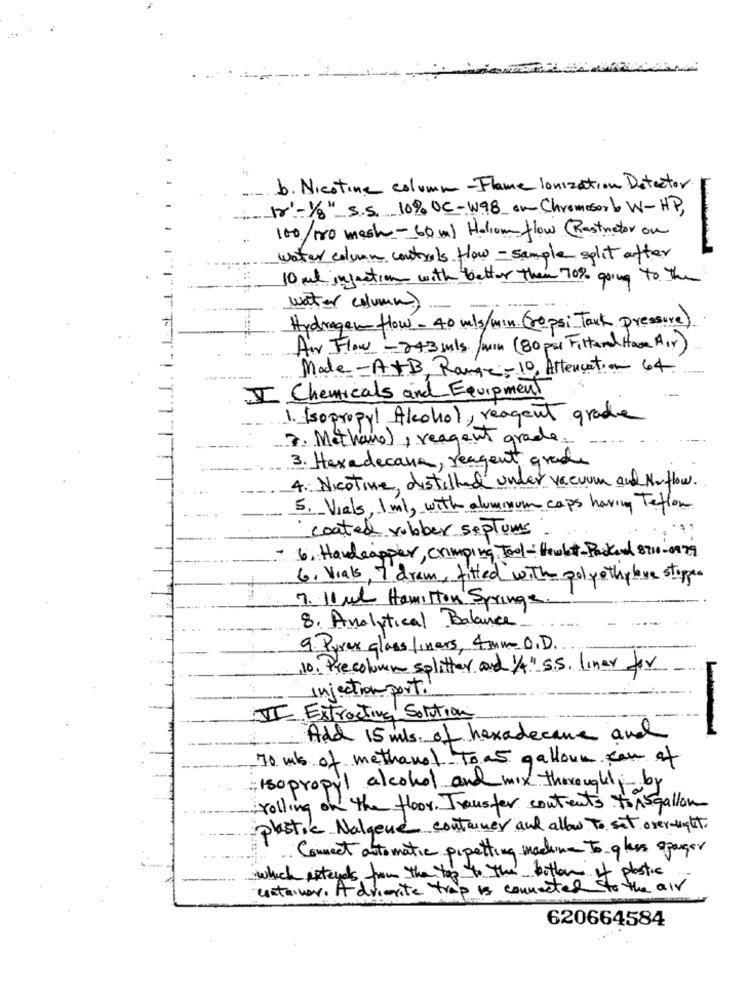
b. Nicotine column-Flame Ionization Detector
1r'-1/8" s.s. 10% OC-W98 on Chromosorb W-HP,
100/ 100 mash -60ml Holiom flow (Rastretor on
water column controls flow - sample split after
10 ml injection with better than 70% going to the
water column)
Hydrogen flow - 40 mls/min. (repsi Tack pressure)
Air Flow - 243 mls /min (80 ps Filtered Have Air)
Made-A+B, Range-10, Attenuation 64
---
I Chemicals and Equipment
1. Isopropyl Alcohol, reagent grade
3. Methane), reagent grade.
3. Hexadecana, reagent grade
4. Nicotine, distilled under vacuum and Norflow.
5. Vials, 1 ml, with aluminum caps having Teflow
coated rubber septums
6. Handeapper, crimping Tool- Hewlet-Packard 8710-0979
6. Vials, 7 drem, fitted with polyethylove stypen
7. 11 ud Hamilton Springs
8. Analytical Balance
9. Pyrex glass liners, 4mm O.D
,10. Precolumn splitter and 1/4" 5.5. liner for
Injection port.
III Extracting Solution
Add 15 mls. of hexadecane and
70 ml of methanol To as galloun can of
; isopropyl alcohol and mix thoroughly by
rolling on the floor. Transfer contents to A5 gallon
plastic Nalgene container and allow To set over-ught.
Connect automatic pipetting machine to glas apagar
which extends from the top to the bottom of plastic
estainer, Advierte trap is connected to the air
620664584